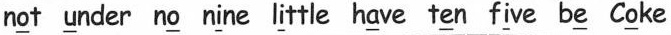
n \underline{o}t \underline{u}nder n \underline{o} n \underline{i}ne l \underline{i}ttle h \underline{a}ve t \underline{e}n t \underline{e}n f \underline{i}ve b \underline{e} C\underline{o}ke